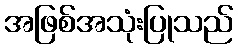
အဖြစ်အသုံးပြုသည်